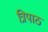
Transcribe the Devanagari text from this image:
त्रिपाठ